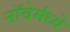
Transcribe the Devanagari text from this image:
नॉवेर्मध्ये